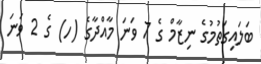
ބަލައިގަތުމުގެ ނިޒާމް ގެ 7 ވަނަ މާއްދާގެ (ހ) ގެ 2 ވަނަ